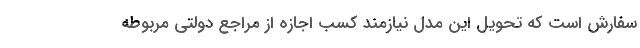
سفارش است که تحویل این مدل نیازمند کسب اجازه از مراجع دولتی مربوطه